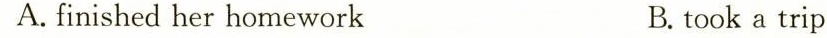
A. finished her homework B. took a trip